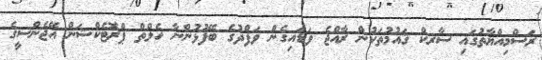
ރަސްމިއްޔާތުގައި ސާރކް ޤައުމުތަކުން ރާއްޖެ ވަޑައިގެން ވަފްދުގެ ބޭފުޅުންނާ ހެލްތް ޕްރޮޓެކްޝަން އޭޖެންސީގެ